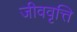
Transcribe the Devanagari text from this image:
जीववृत्ति